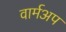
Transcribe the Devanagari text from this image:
वार्मअप